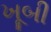
ખૂબી